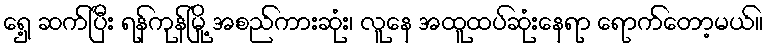
ရှေ့ ဆက်ပြီး ရန်ကုန်မြို့ အစည်ကားဆုံး၊ လူနေ အထူထပ်ဆုံးနေရာ ရောက်တော့မယ်။